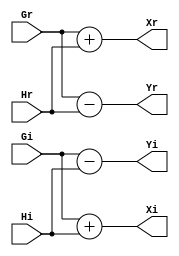
/******************************************************************************
Copyright (c) 2018 SoC Design Laboratory, Konkuk University, South Korea
All rights reserved.

Redistribution and use in source and binary forms, with or without
modification, are permitted provided that the following conditions are
met: redistributions of source code must retain the above copyright
notice, this list of conditions and the following disclaimer;
redistributions in binary form must reproduce the above copyright
notice, this list of conditions and the following disclaimer in the
documentation and/or other materials provided with the distribution;
neither the name of the copyright holders nor the names of its
contributors may be used to endorse or promote products derived from
this software without specific prior written permission.

THIS SOFTWARE IS PROVIDED BY THE COPYRIGHT HOLDERS AND CONTRIBUTORS
"AS IS" AND ANY EXPRESS OR IMPLIED WARRANTIES, INCLUDING, BUT NOT
LIMITED TO, THE IMPLIED WARRANTIES OF MERCHANTABILITY AND FITNESS FOR
A PARTICULAR PURPOSE ARE DISCLAIMED. IN NO EVENT SHALL THE COPYRIGHT
OWNER OR CONTRIBUTORS BE LIABLE FOR ANY DIRECT, INDIRECT, INCIDENTAL,
SPECIAL, EXEMPLARY, OR CONSEQUENTIAL DAMAGES (INCLUDING, BUT NOT
LIMITED TO, PROCUREMENT OF SUBSTITUTE GOODS OR SERVICES; LOSS OF USE,
DATA, OR PROFITS; OR BUSINESS INTERRUPTION) HOWEVER CAUSED AND ON ANY
THEORY OF LIABILITY, WHETHER IN CONTRACT, STRICT LIABILITY, OR TORT
(INCLUDING NEGLIGENCE OR OTHERWISE) ARISING IN ANY WAY OUT OF THE USE
OF THIS SOFTWARE, EVEN IF ADVISED OF THE POSSIBILITY OF SUCH DAMAGE.

Authors: Sunwoo Kim (sunwkim@konkuk.ac.kr)

Revision History
2017.02.15: Started by Sunwoo Kim
*******************************************************************************/

module BF (Gr,Gi,Hr,Hi,Xr,Xi,Yr,Yi);
parameter BW =16;

input signed [BW-2:0] Gr,Gi,Hr,Hi;
output signed[BW-1:0] Xr,Xi,Yr,Yi;

assign Xr = Gr+Hr;
assign Xi = Gi+Hi;
assign Yr = Gr-Hr;
assign Yi = Gi-Hi;

endmodule